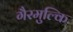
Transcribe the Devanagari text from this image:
गैरमुल्कि